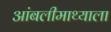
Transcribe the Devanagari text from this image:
आंबलीमाथ्याला